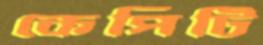
কেপিটি